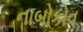
નાબોકોવ